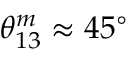
\theta _ { 1 3 } ^ { m } \approx 4 5 ^ { \circ }